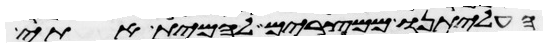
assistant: העליתנו ממצרים להמית אתי